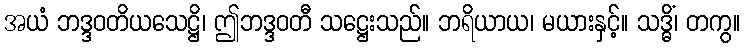
အယံ ဘဒ္ဒဝတိယသေဋ္ဌိ၊ ဤဘဒ္ဒဝတီ သဋ္ဌေးသည်။ ဘရိယာယ၊ မယားနှင့်။ သဒ္ဓိံ၊ တကွ။